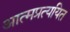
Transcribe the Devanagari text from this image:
आत्मप्रत्ययित